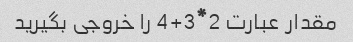
مقدار عبارت 2*3+4 را خروجی بگیرید